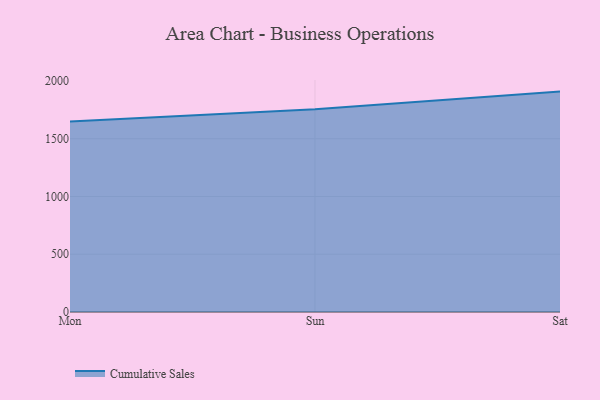
{"axis": {"x": "Day", "y": "Conversion Rate (%)"}, "legend": ["Cumulative Sales"], "data": [{"x": "Mon", "y": 1649.3, "type": "Cumulative Sales"}, {"x": "Sun", "y": 1754.8, "type": "Cumulative Sales"}, {"x": "Sat", "y": 1908.0, "type": "Cumulative Sales"}]}